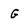
Character: G